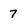
Character: 7